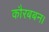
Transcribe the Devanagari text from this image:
कौरबबन।